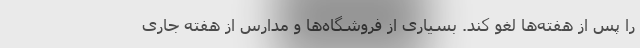
را پس از هفته‌ها لغو کند. بسیاری از فروشگاه‌ها و مدارس از هفته جاری